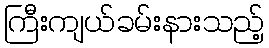
ကြီးကျယ်ခမ်းနားသည့်